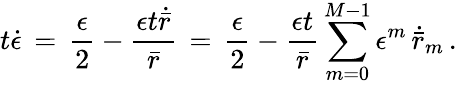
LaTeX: t\dot{\epsilon}\, =\, \frac{\epsilon}{2}-\frac{\epsilon t\dot{\bar{r}}}{\bar{r}}\, =\, \frac{\epsilon}{2}-\frac{\epsilon t}{\bar{r}}\sum_{m=0}^{M-1}\epsilon^{m}\, \dot{\bar{r}}_{m}\, .